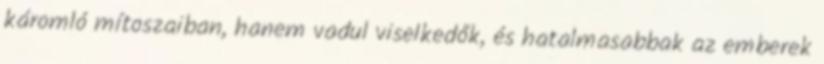
káromló mítoszaiban, hanem vadul viselkedők, és hatalmasabbak az emberek